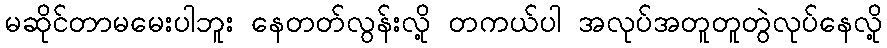
မဆိုင်တာမမေးပါဘူး နေတတ်လွန်းလို့ တကယ်ပါ အလုပ်အတူတူတွဲလုပ်နေလို့